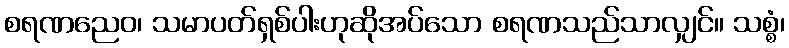
စရဏညေဝ၊ သမာပတ်ရှစ်ပါးဟုဆိုအပ်သော စရဏသည်သာလျှင်။ သစ္စံ၊